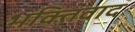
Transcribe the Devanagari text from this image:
भक्तिवाद